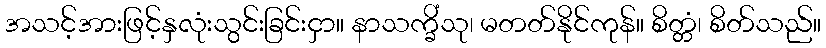
အသင့်အားဖြင့်နှလုံးသွင်းခြင်းငှာ။ နာသက္ခိံသု၊ မတတ်နိုင်ကုန်။ စိတ္တံ၊ စိတ်သည်။